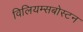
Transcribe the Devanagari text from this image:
विलियम्सबोस्टन